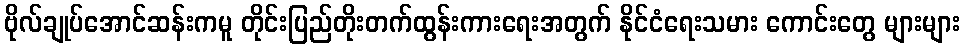
ဗိုလ်ချုပ်အောင်ဆန်းကမူ တိုင်းပြည်တိုးတက်ထွန်းကားရေးအတွက် နိုင်ငံရေးသမား ကောင်းတွေ များများ